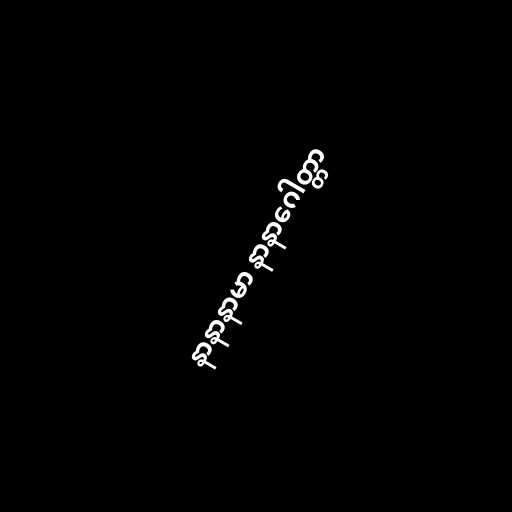
နာနာနာမာ နာနာဂေါတ္တာ